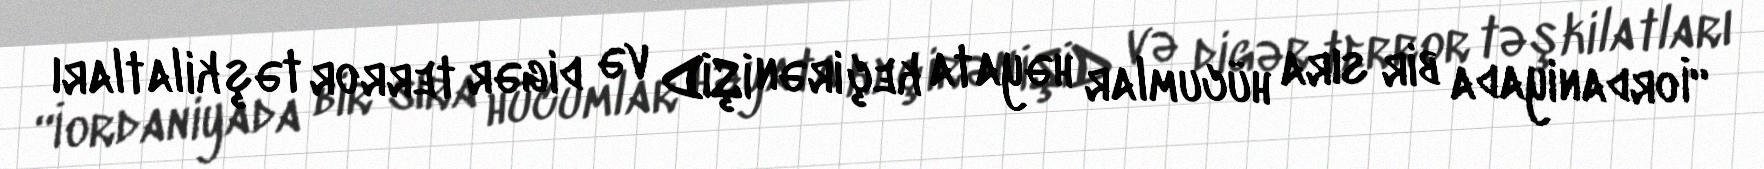
“İordaniyada bir sıra hücumlar həyata keçirən İŞİD və digər terror təşkilatları